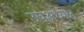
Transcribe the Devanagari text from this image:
उपअध्यक्ष